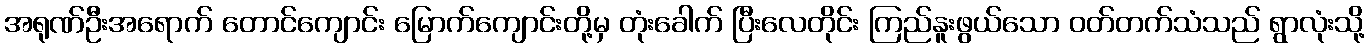
အရုဏ်ဦးအရောက် တောင်ကျောင်း မြောက်ကျောင်းတို့မှ တုံးခေါက် ပြီးလေတိုင်း ကြည်နူးဖွယ်သော ဝတ်တက်သံသည် ရွာလုံးသို့